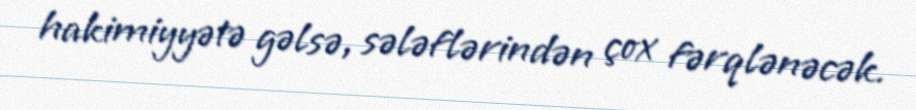
hakimiyyətə gəlsə, sələflərindən çox fərqlənəcək.